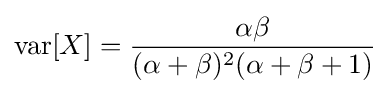
\operatorname {var} [X]={\frac {\alpha \beta }{(\alpha +\beta )^{2}(\alpha +\beta +1)}}\!